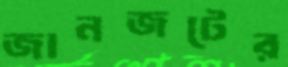
জানজটের